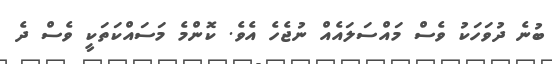
ބުނެ ދުވަހަކު ވެސް މައްސަލައެއް ނުޖެހެ އެވެ. ކޮންމެ މަސައްކަތަކީ ވެސް ދެ